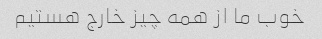
خوب ما از همه چیز خارج هستیم